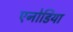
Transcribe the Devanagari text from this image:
एनोडिया